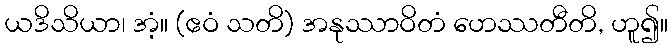
ယဒိသိယာ၊ အံ့။ (ဧဝံ သတိ) အနုဿာဝိတံ ဟေဿတီတိ, ဟူ၍။